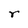
Character: r